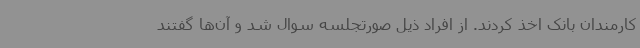
کارمندان بانک اخذ کردند. از افراد ذیل صورتجلسه سوال شد و آن‌ها گفتند